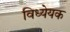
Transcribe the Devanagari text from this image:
विध्येयक